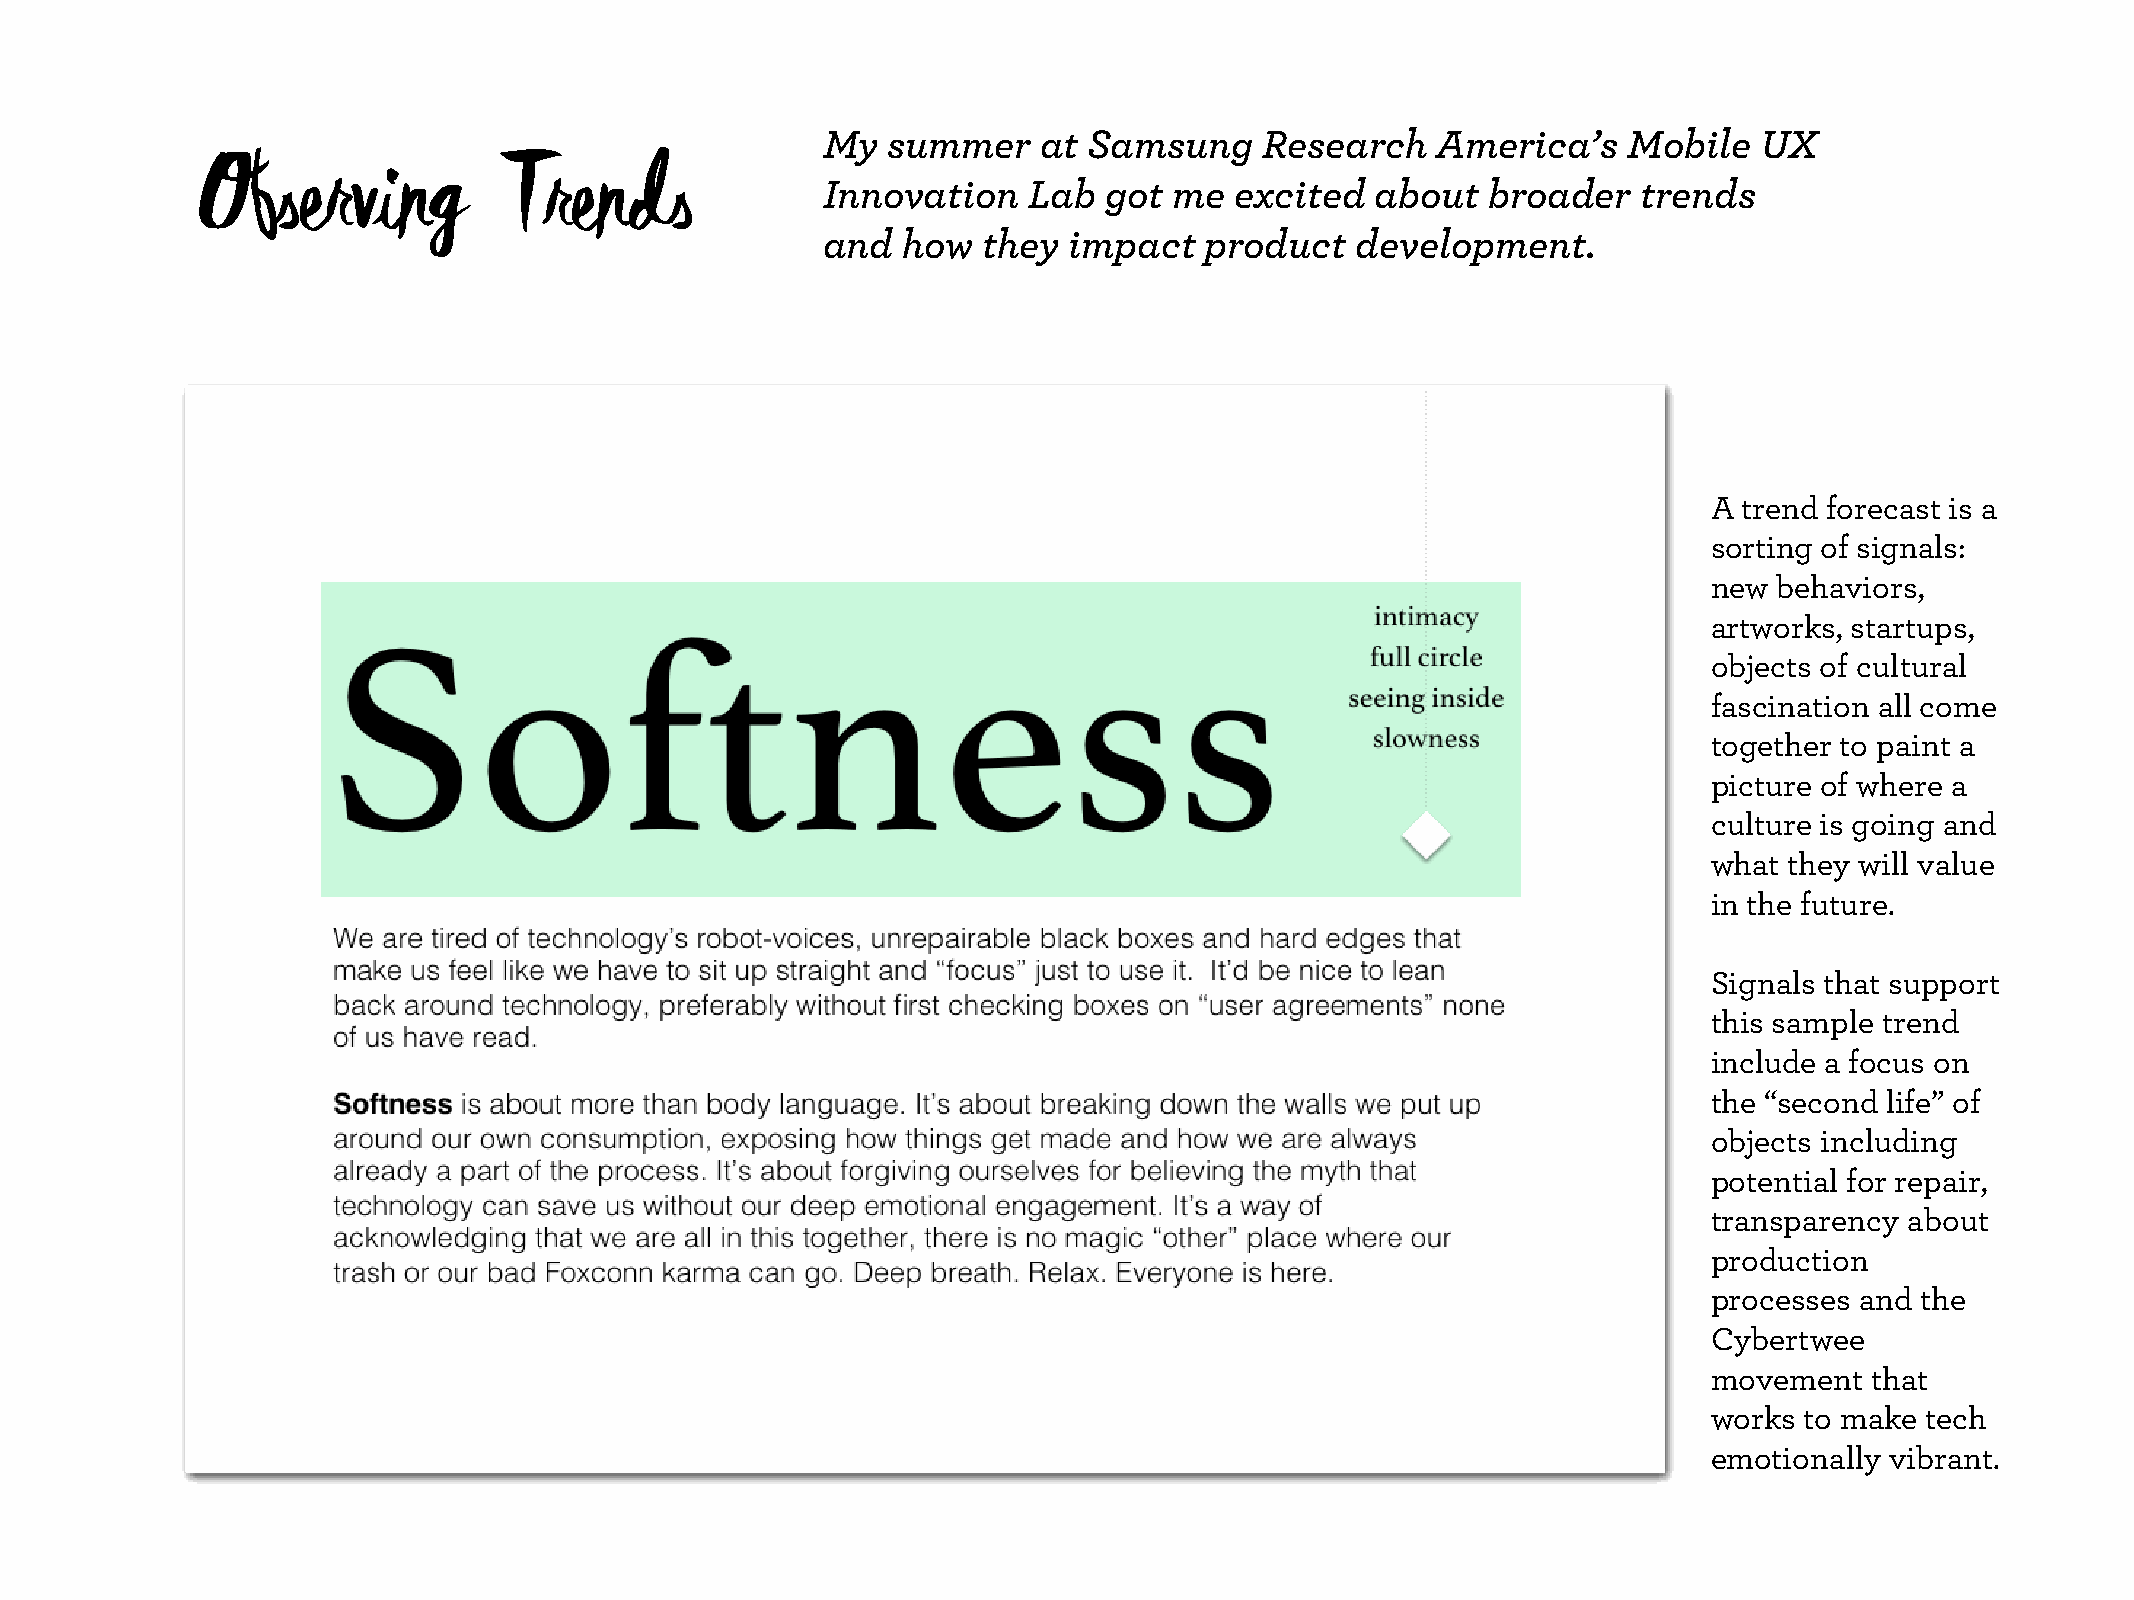
My   summer    at Samsung     Research   America’s    Mobile  UX
 Observing           Trends
 Innovation    Lab  got  me  excited  about   broader   trends
 and   how  they  impact   product   development.
 A trend forecast is a
 sorting of signals:
 new  behaviors,
 artworks, startups,
 objects of cultural
 fascination all come
 together to paint a
 picture of where a
 culture is going and
 what they will value
 in the future.
 Signals that support
 Talk with David Mills, Ph.D.
 this sample trend
 include a focus on
 the “second life” of
 @ Puget Sound World Usability Day                                                                                objects including
 potential for repair,
 Microsoft HQ, November 2015
 transparency about
 production
 processes and the
 Cybertwee
 movement   that
 works to make tech
 emotionally vibrant.